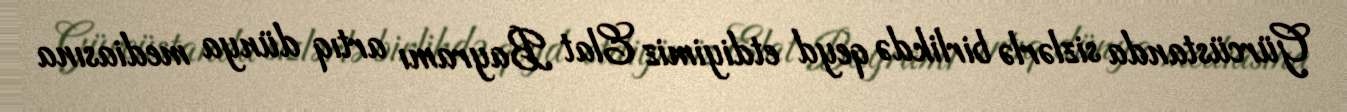
Gürcüstanda sizlərlə birlikdə qeyd etdiyimiz Elat Bayramı artıq dünya mediasına